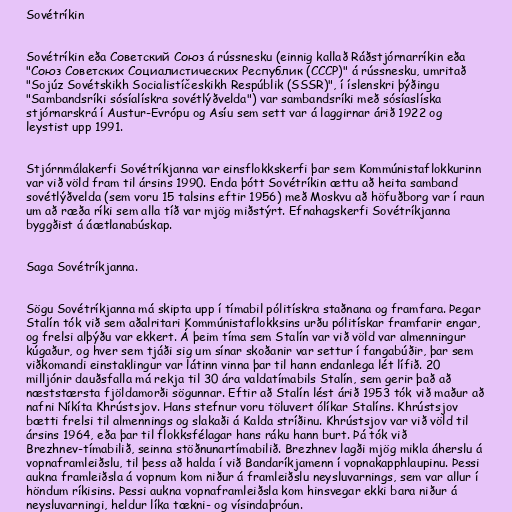
Sovétríkin

Sovétríkin eða Советский Союз á rússnesku (einnig kallað Ráðstjórnarríkin eða
"Союз Советских Социалистических Республик (СССР)" á rússnesku, umritað
"Sojúz Sovétskikh Socialistíčeskikh Respúblik (SSSR)", í íslenskri þýðingu
"Sambandsríki sósíalískra sovétlýðvelda") var sambandsríki með sósíaslíska
stjórnarskrá í Austur-Evrópu og Asíu sem sett var á laggirnar árið 1922 og
leystist upp 1991.

Stjórnmálakerfi Sovétríkjanna var einsflokkskerfi þar sem Kommúnistaflokkurinn
var við völd fram til ársins 1990. Enda þótt Sovétríkin ættu að heita samband
sovétlýðvelda (sem voru 15 talsins eftir 1956) með Moskvu að höfuðborg var í raun
um að ræða ríki sem alla tíð var mjög miðstýrt. Efnahagskerfi Sovétríkjanna
byggðist á áætlanabúskap.

Saga Sovétríkjanna.

Sögu Sovétríkjanna má skipta upp í tímabil pólitískra staðnana og framfara. Þegar
Stalín tók við sem aðalritari Kommúnistaflokksins urðu pólitískar framfarir engar,
og frelsi alþýðu var ekkert. Á þeim tíma sem Stalín var við völd var almenningur
kúgaður, og hver sem tjáði sig um sínar skoðanir var settur í fangabúðir, þar sem
viðkomandi einstaklingur var látinn vinna þar til hann endanlega lét lífið. 20
milljónir dauðsfalla má rekja til 30 ára valdatímabils Stalín, sem gerir það að
næststærsta fjöldamorði sögunnar. Eftir að Stalín lést árið 1953 tók við maður að
nafni Níkíta Khrústsjov. Hans stefnur voru töluvert ólíkar Stalíns. Khrústsjov
bætti frelsi til almennings og slakaði á Kalda stríðinu. Khrústsjov var við völd til
ársins 1964, eða þar til flokksfélagar hans ráku hann burt. Þá tók við
Brezhnev-tímabilið, seinna stöðnunartímabilið. Brezhnev lagði mjög mikla áherslu á
vopnaframleiðslu, til þess að halda í við Bandaríkjamenn í vopnakapphlaupinu. Þessi
aukna framleiðsla á vopnum kom niður á framleiðslu neysluvarnings, sem var allur í
höndum ríkisins. Þessi aukna vopnaframleiðsla kom hinsvegar ekki bara niður á
neysluvarningi, heldur líka tækni- og vísindaþróun.